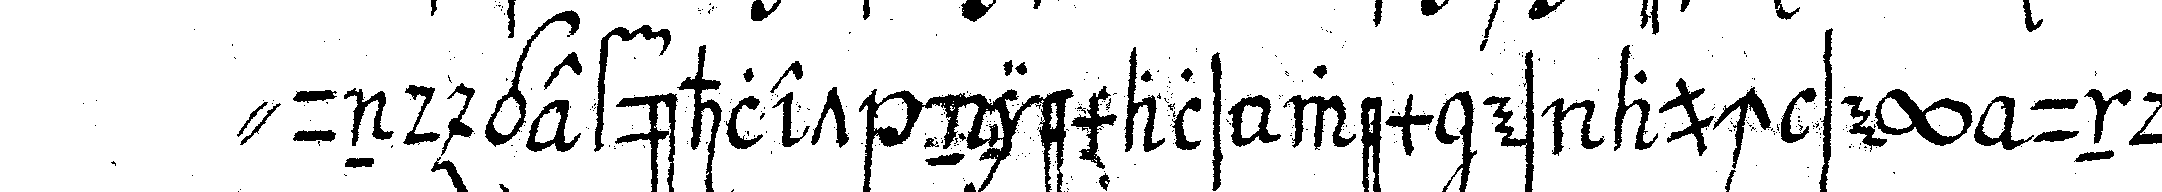
" und gefühlet niemals wem es auch sey und